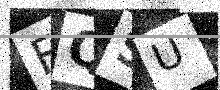
Text: FQSU